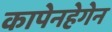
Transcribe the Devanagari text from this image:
कापेनहेगेन